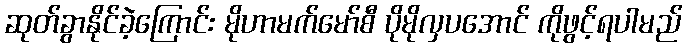
ဆုတ်ခွာနိုင်ခဲ့ကြောင်း မိုဟာမက်မော်စီ ပိုမိုလှပအောင် ကိုဖွင့်ရပါမည်